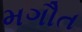
મગૌત